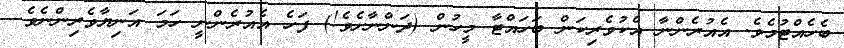
ބެހެއްޓުމެވެ. އެއުރެންނާ އެކުވެރިކަން ބަހައްޓާ މީހުން (ދަންނާށެވެ!) ފަހެ އެއުރެންނީ ހަމަ އަނިޔާވެރިންނެވެ.